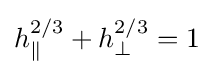
h_{\parallel }^{2/3}+h_{\perp }^{2/3}=1